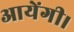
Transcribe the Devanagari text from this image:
आयेंगी।